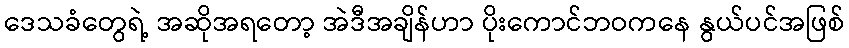
ဒေသခံတွေရဲ့ အဆိုအရတော့ အဲဒီအချိန်ဟာ ပိုးကောင်ဘဝကနေ နွယ်ပင်အဖြစ်